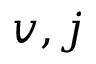
v , j